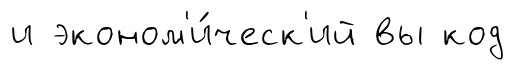
и эконом'и́ческ'ий вы код